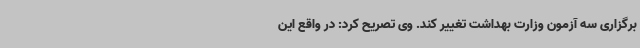
برگزاری سه آزمون وزارت بهداشت تغییر کند. وی تصریح کرد: در واقع این